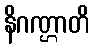
နိဂဏ္ဌာတိ